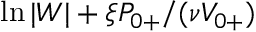
\ln | W | + \xi { P } _ { 0 + } / ( \nu V _ { 0 + } )